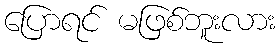
ပြောရင် မဖြစ်ဘူးလား